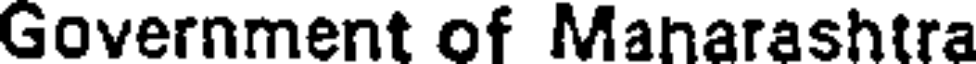
Government of Manarashtra